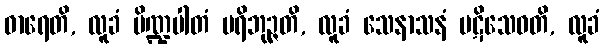
ဓာရေတိ, လူခံ ပိဏ္ဍပါတံ ပရိဘုဉ္ဇတိ, လူခံ သေနာသနံ ပဋိသေဝတိ, လူခံ